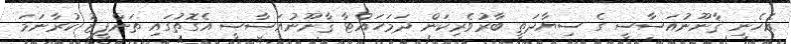
އެހެނީ ޤާނޫނުއަސާސީ ގެ ސިޔާދަތީ ބާރުވެރިކަން ދަމަހައްޓާ ޤާނޫނުއަސާސީ އެގޮތުގައި ތަންފީޒު ކުރާނަމަ